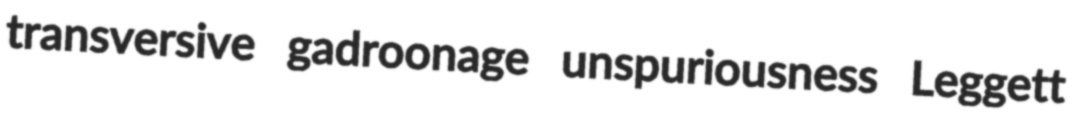
transversive gadroonage unspuriousness Leggett